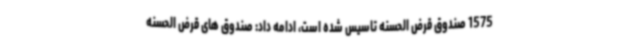
1575 صندوق قرض الحسنه تاسیس شده است، ادامه داد: صندوق های قرض الحسنه